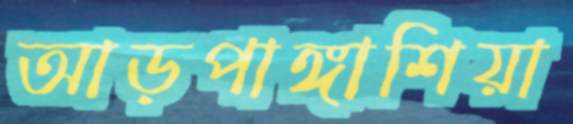
আড়পাঙ্গাশিয়া